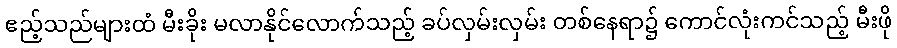
ဧည့်သည်များထံ မီးခိုး မလာနိုင်လောက်သည့် ခပ်လှမ်းလှမ်း တစ်နေရာ၌ ကောင်လုံးကင်သည့် မီးဖို